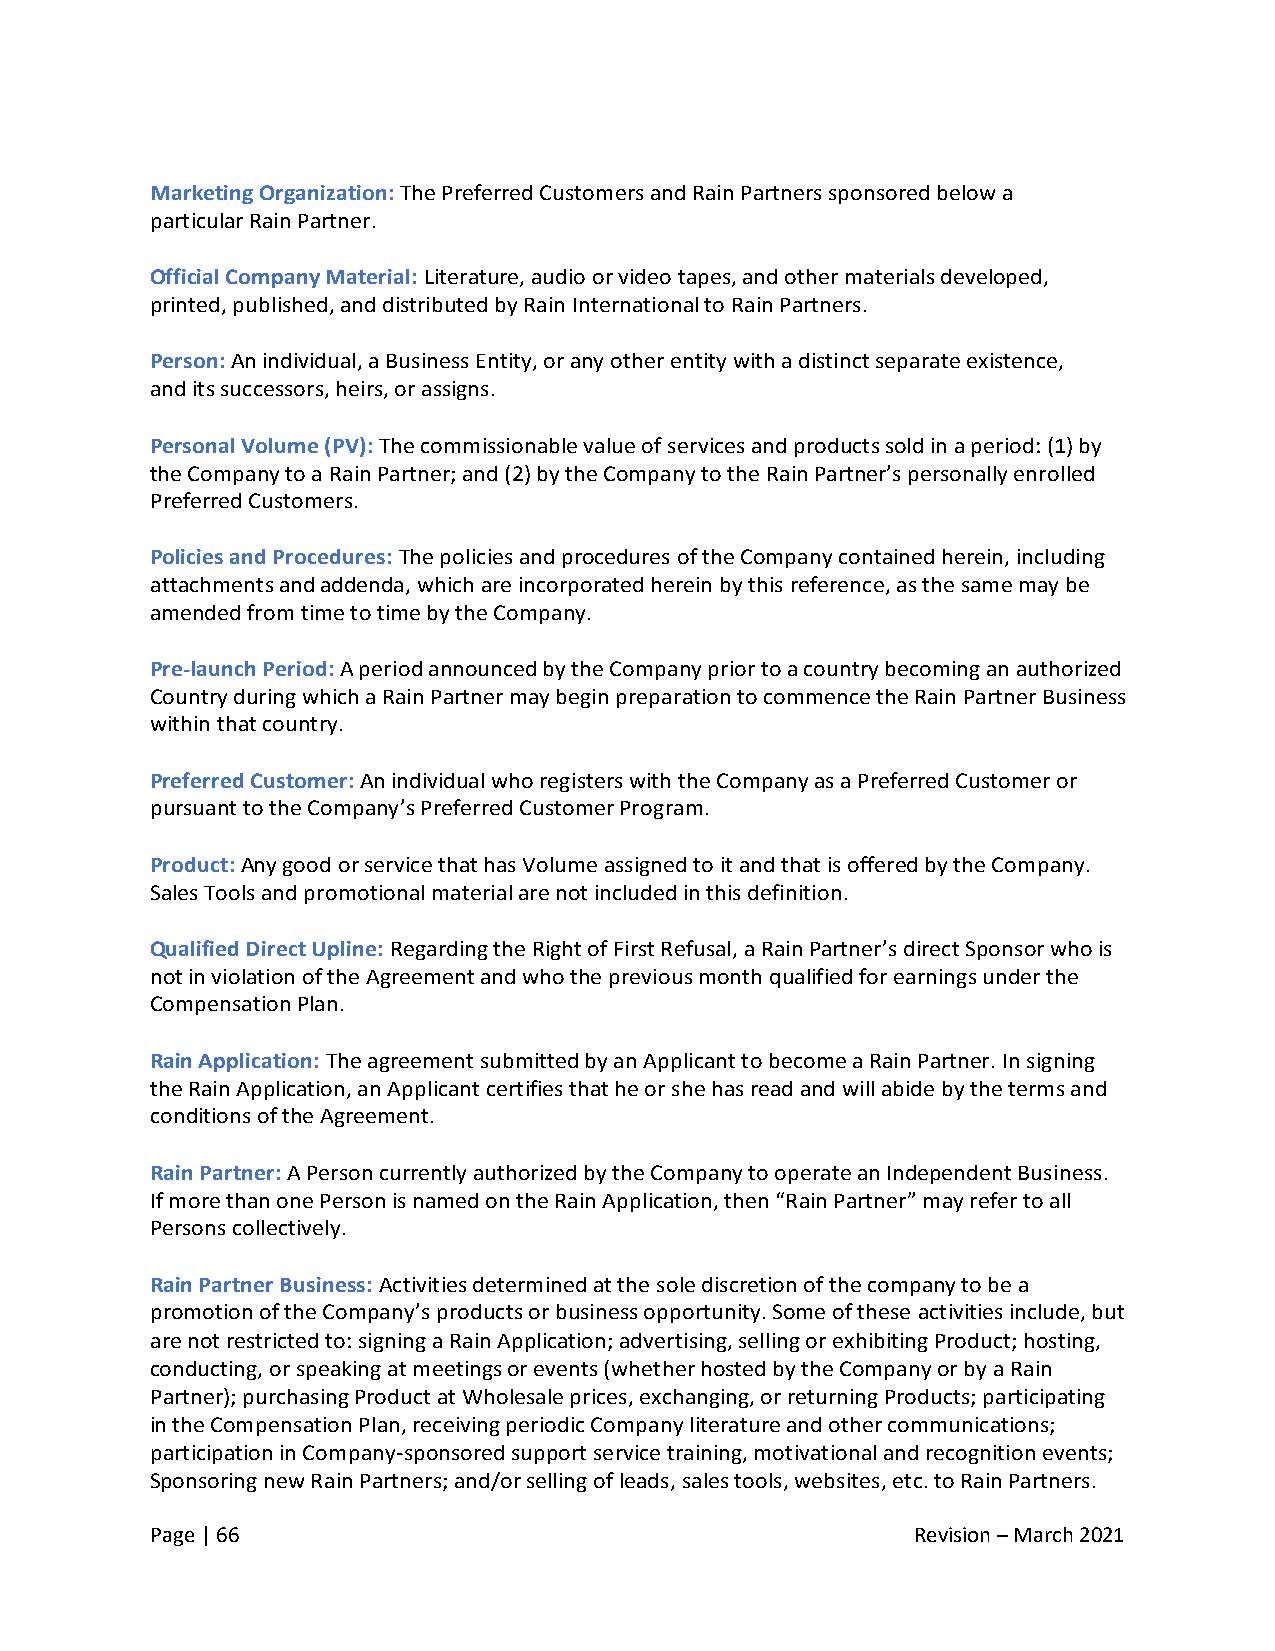
Marketing Organization: The Preferred Customers and Rain Partners sponsored below a
 particular Rain Partner.
 Official Company Material: Literature, audio or video tapes, and other materials developed,
 printed, published, and distributed by Rain International to Rain Partners.
 Person: An individual, a Business Entity, or any other entity with a distinct separate existence,
 and its successors, heirs, or assigns.
 Personal Volume (PV): The commissionable value of services and products sold in a period: (1) by
 the Company to a Rain Partner; and (2) by the Company to the Rain Partner’s personally enrolled
 Preferred Customers.
 Policies and Procedures: The policies and procedures of the Company contained herein, including
 attachments and addenda, which are incorporated herein by this reference, as the same may be
 amended from time to time by the Company.
 Pre-launch Period: A period announced by the Company prior to a country becoming an authorized
 Country during which a Rain Partner may begin preparation to commence the Rain Partner Business
 within that country.
 Preferred Customer: An individual who registers with the Company as a Preferred Customer or
 pursuant to the Company’s Preferred Customer Program.
 Product: Any good or service that has Volume assigned to it and that is offered by the Company.
 Sales Tools and promotional material are not included in this definition.
 Qualified Direct Upline: Regarding the Right of First Refusal, a Rain Partner’s direct Sponsor who is
 not in violation of the Agreement and who the previous month qualified for earnings under the
 Compensation Plan.
 Rain Application: The agreement submitted by an Applicant to become a Rain Partner. In signing
 the Rain Application, an Applicant certifies that he or she has read and will abide by the terms and
 conditions of the Agreement.
 Rain Partner: A Person currently authorized by the Company to operate an Independent Business.
 If more than one Person is named on the Rain Application, then “Rain Partner” may refer to all
 Persons collectively.
 Rain Partner Business: Activities determined at the sole discretion of the company to be a
 promotion of the Company’s products or business opportunity. Some of these activities include, but
 are not restricted to: signing a Rain Application; advertising, selling or exhibiting Product; hosting,
 conducting, or speaking at meetings or events (whether hosted by the Company or by a Rain
 Partner); purchasing Product at Wholesale prices, exchanging, or returning Products; participating
 in the Compensation Plan, receiving periodic Company literature and other communications;
 participation in Company-sponsored support service training, motivational and recognition events;
 Sponsoring new Rain Partners; and/or selling of leads, sales tools, websites, etc. to Rain Partners.
 Page | 66                                          Revision – March 2021